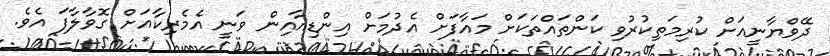
ދޭވްޔާނީއަށް ކުރިމަތިކުރުވި ކަންތައްތަކަށް މައާފަށް އެދުމަށް އިންޑިއާއިން ވަނީ އެމެރިކާއަށް ގޮވާލާފަ އެވެ.